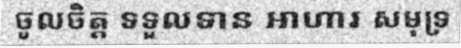
ចូលចិត្ត ទទួលទាន អាហារ សមុទ្រ